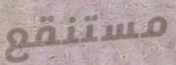
مستنقع